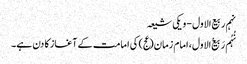
نہم ربیع الاول - ویکی شیعہ
نُہُم رَبیع‌ُالاول، امام زمان(عج) کی امامت کے آغاز کا دن ہے۔